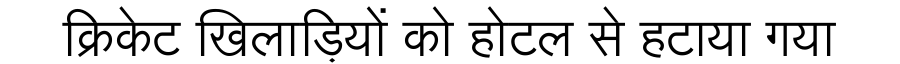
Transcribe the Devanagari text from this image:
क्रिकेट खिलाड़ियों को होटल से हटाया गया